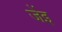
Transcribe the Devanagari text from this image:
जेंइ